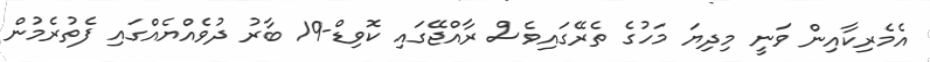
އެމެރިކާއިން ވަނީ މިދިޔަ މަހުގެ ތެރޭގައިވެސް ރާއްޖޭގައި ކޮވިޑް-19 ބާރު ދުވެއްޔެއްގައި ފެތުރެމުން